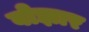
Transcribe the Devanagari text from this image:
बोझार